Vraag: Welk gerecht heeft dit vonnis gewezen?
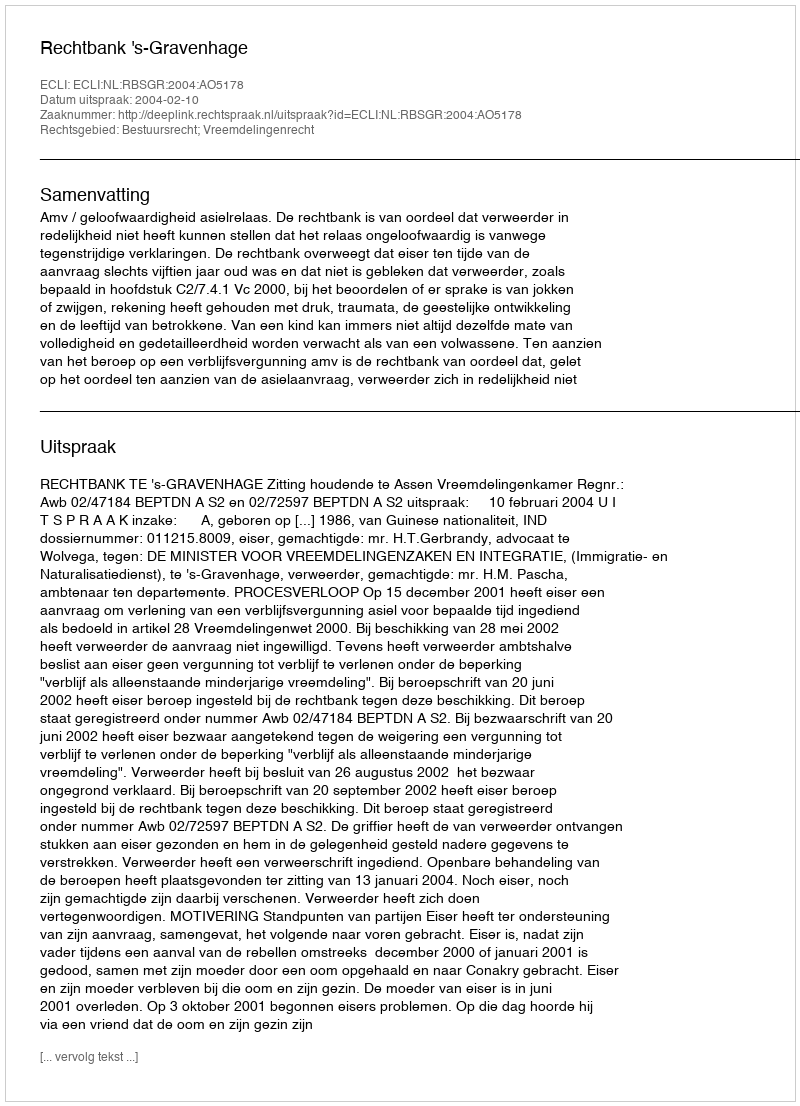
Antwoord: Rechtbank 's-Gravenhage